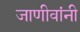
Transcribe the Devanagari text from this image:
जाणीवांनी